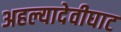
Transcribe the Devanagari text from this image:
अहल्यादेवीघाट